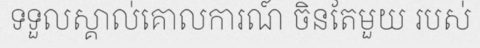
ទទួលស្គាល់គោលការណ៍ ចិនតែមួយ របស់